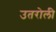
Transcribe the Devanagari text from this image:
उतरोली